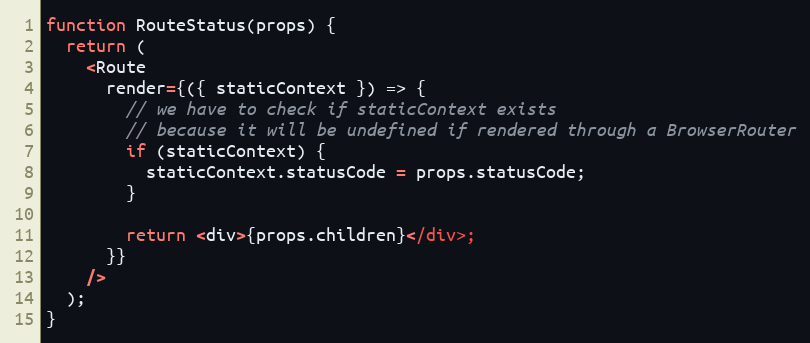
Language: JavaScript
function RouteStatus(props) {
  return (
    <Route
      render={({ staticContext }) => {
        // we have to check if staticContext exists
        // because it will be undefined if rendered through a BrowserRouter
        if (staticContext) {
          staticContext.statusCode = props.statusCode;
        }

        return <div>{props.children}</div>;
      }}
    />
  );
}